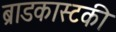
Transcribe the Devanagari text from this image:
ब्राडकास्टकी